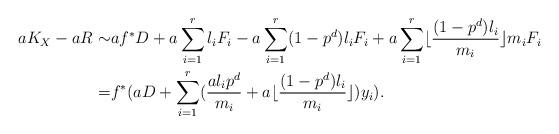
LaTeX: \begin{align*}aK_X-aR\sim& af^*D+a\sum_{i=1}^rl_iF_i-a\sum_{i=1}^r(1-p^d)l_iF_i+a\sum_{i=1}^r \lfloor\frac{(1-p^d)l_i}{m_i}\rfloor m_iF_i \\=& f^*(aD+\sum_{i=1}^r (\frac{al_ip^{d}}{m_i}+a\lfloor\frac{(1-p^d)l_i}{m_i}\rfloor)y_i).\end{align*}